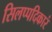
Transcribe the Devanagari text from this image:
सिलप्पदिकारं